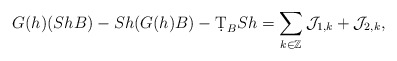
\begin{align*} G(h)( Sh B)-Sh (G(h)B)-\d T_{B} S h =\sum_{k\in\mathbb{Z}} \mathcal{J}_{1,k} + \mathcal{J}_{2,k},\end{align*}